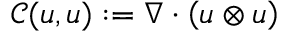
\mathcal { C } ( \boldsymbol { u } , \boldsymbol { u } ) : = \nabla \cdot \left( \boldsymbol { u } \otimes \boldsymbol { u } \right)